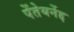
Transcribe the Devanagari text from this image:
पेंतेयर्नेद्द